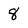
Character: 8